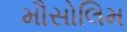
મૌસોલિમ